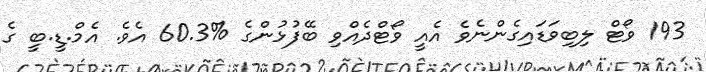
193 ވޯޓް ލިބިވަޑައިގެންނެވެ އެއީ ވޯޓްދެއްވި ބޭފުޅުންގެ %60.3 އެވެ. އެމް.ޑީ.ބީ ގެ